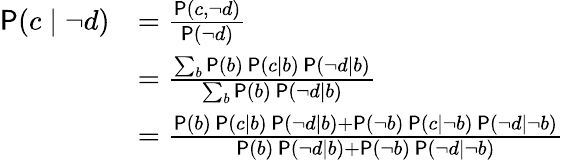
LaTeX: \begin{array}{rl}{\mathsf P(c\mid\lnot d)}&{=\frac{\mathsf P(c,\lnot d)}{\mathsf P(\lnot d)}}\\ &{=\frac{\sum_{b}\mathsf P(b)\, \mathsf P(c\mid b)\, \mathsf P(\lnot d\mid b)}{\sum_{b}\mathsf P(b)\, \mathsf P(\lnot d\mid b)}}\\ &{=\frac{\mathsf P(b)\, \mathsf P(c\mid b)\, \mathsf P(\lnot d\mid b)+\mathsf P(\lnot b)\, \mathsf P(c\mid\lnot b)\, \mathsf P(\lnot d\mid\lnot b)}{\mathsf P(b)\, \mathsf P(\lnot d\mid b)+\mathsf P(\lnot b)\, \mathsf P(\lnot d\mid\lnot b)}}\end{array}